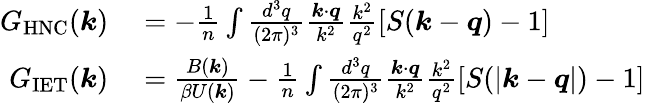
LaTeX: \begin{array}{rl}{G_{\mathrm{HNC}}(\boldsymbol{k})}&{{}=-\frac{1}{n}\int\frac{d^{3}q}{(2\pi)^{3}}\frac{\boldsymbol{k}\cdot\boldsymbol{q}}{k^{2}}\frac{k^{2}}{q^{2}}\left[S(\boldsymbol{k}-\boldsymbol{q})-1\right]}\\ {G_{\mathrm{IET}}(\boldsymbol{k})}&{{}=\frac{{B}(\boldsymbol{k})}{\beta{U}(\boldsymbol{k})}-\frac{1}{n}\int\frac{d^{3}q}{(2\pi)^{3}}\frac{\boldsymbol{k}\cdot\boldsymbol{q}}{k^{2}}\frac{k^{2}}{q^{2}}\left[S(|\boldsymbol{k}-\boldsymbol{q}|)-1\right]}\end{array}